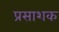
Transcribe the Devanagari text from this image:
प्रसाशक